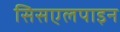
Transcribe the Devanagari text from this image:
सिसएलपाइन